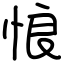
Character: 悢